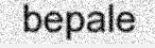
bepale